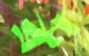
ব্রণ